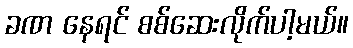
ခဏ နေရင် စစ်ဆေးလိုက်ပါ့မယ်။